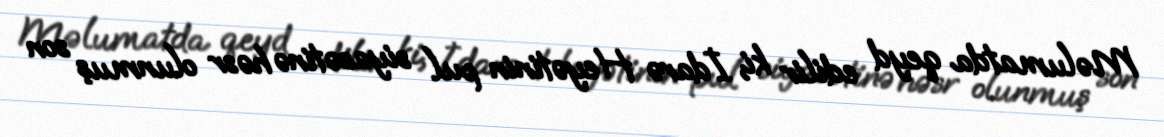
Məlumatda qeyd edilir ki, İdarə Heyətinin pul siyasətinə həsr olunmuş son